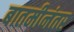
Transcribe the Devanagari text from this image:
बातमीनंतर